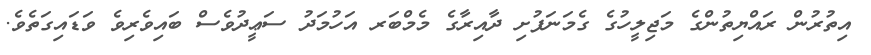
އިތުރުން ރައްޔިތުންގެ މަޖިލީހުގެ ގެމަނަފުށި ދާއިރާގެ މެމްބަރ އަހުމަދު ސަޢީދުވެސް ބައިވެރިވެ ވަޑައިގަތެވެ.